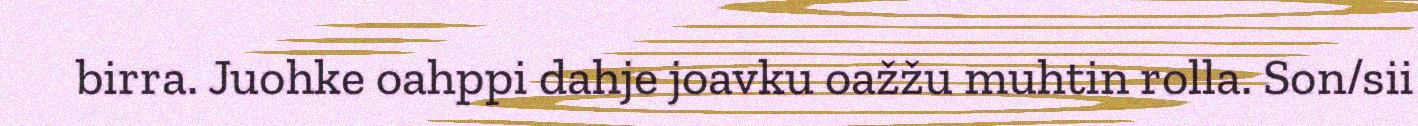
birra. Juohke oahppi dahje joavku oažžu muhtin rolla. Son/sii